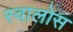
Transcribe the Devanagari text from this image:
स्वालोस